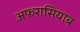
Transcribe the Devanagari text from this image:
अफ़रासियाब